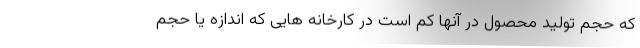
که حجم تولید محصول در آنها کم است در کارخانه هایی که اندازه یا حجم